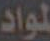
لمواد